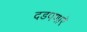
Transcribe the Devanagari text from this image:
दडपणारे